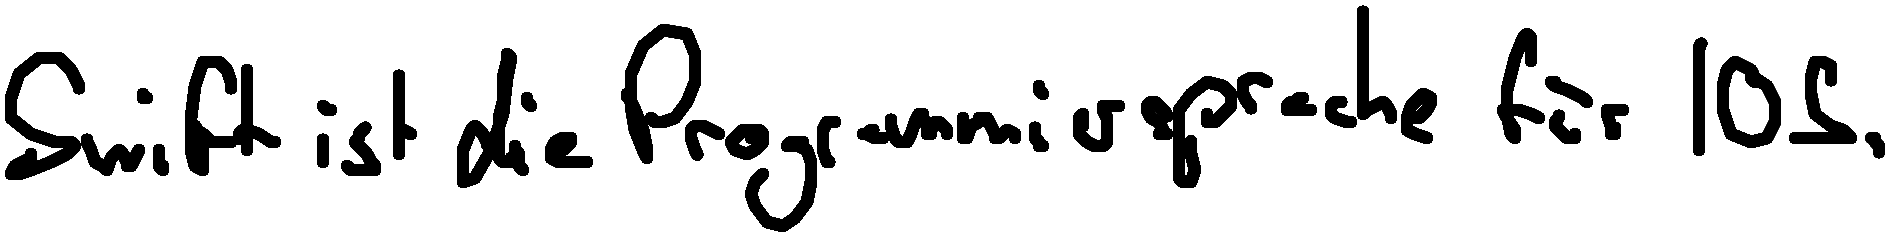
Swift ist die Programmiersprache für iOS.